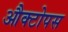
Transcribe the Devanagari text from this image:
औक्टोपस